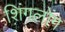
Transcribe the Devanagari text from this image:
शिंगलोंग